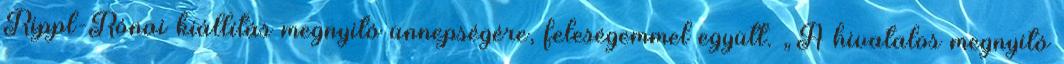
Rippl-Rónai kiállítás megnyitó ünnepségére, feleségemmel együtt. „A hivatalos megnyitó